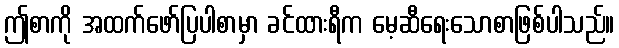
ဤစာကို အထက်ဖော်ပြပါစာမှာ ခင်ထားရီက မေ့ဆီရေးသောစာဖြစ်ပါသည်။